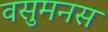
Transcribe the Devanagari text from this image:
वसुमनस